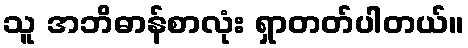
သူ အဘိဓာန်စာလုံး ရှာတတ်ပါတယ်။